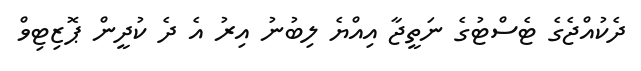
ދެކުއްޖެގެ ޓެސްޓުގެ ނަތީޖާ އިއްޔެ ލިބުނު އިރު އެ ދެ ކުދީން ޕޮޒިޓިވް